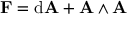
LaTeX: \mathbf { F } = \mathrm { d } \mathbf { A } + \mathbf { A } \wedge \mathbf { A }